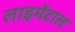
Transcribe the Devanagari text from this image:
लाइमेंटाल